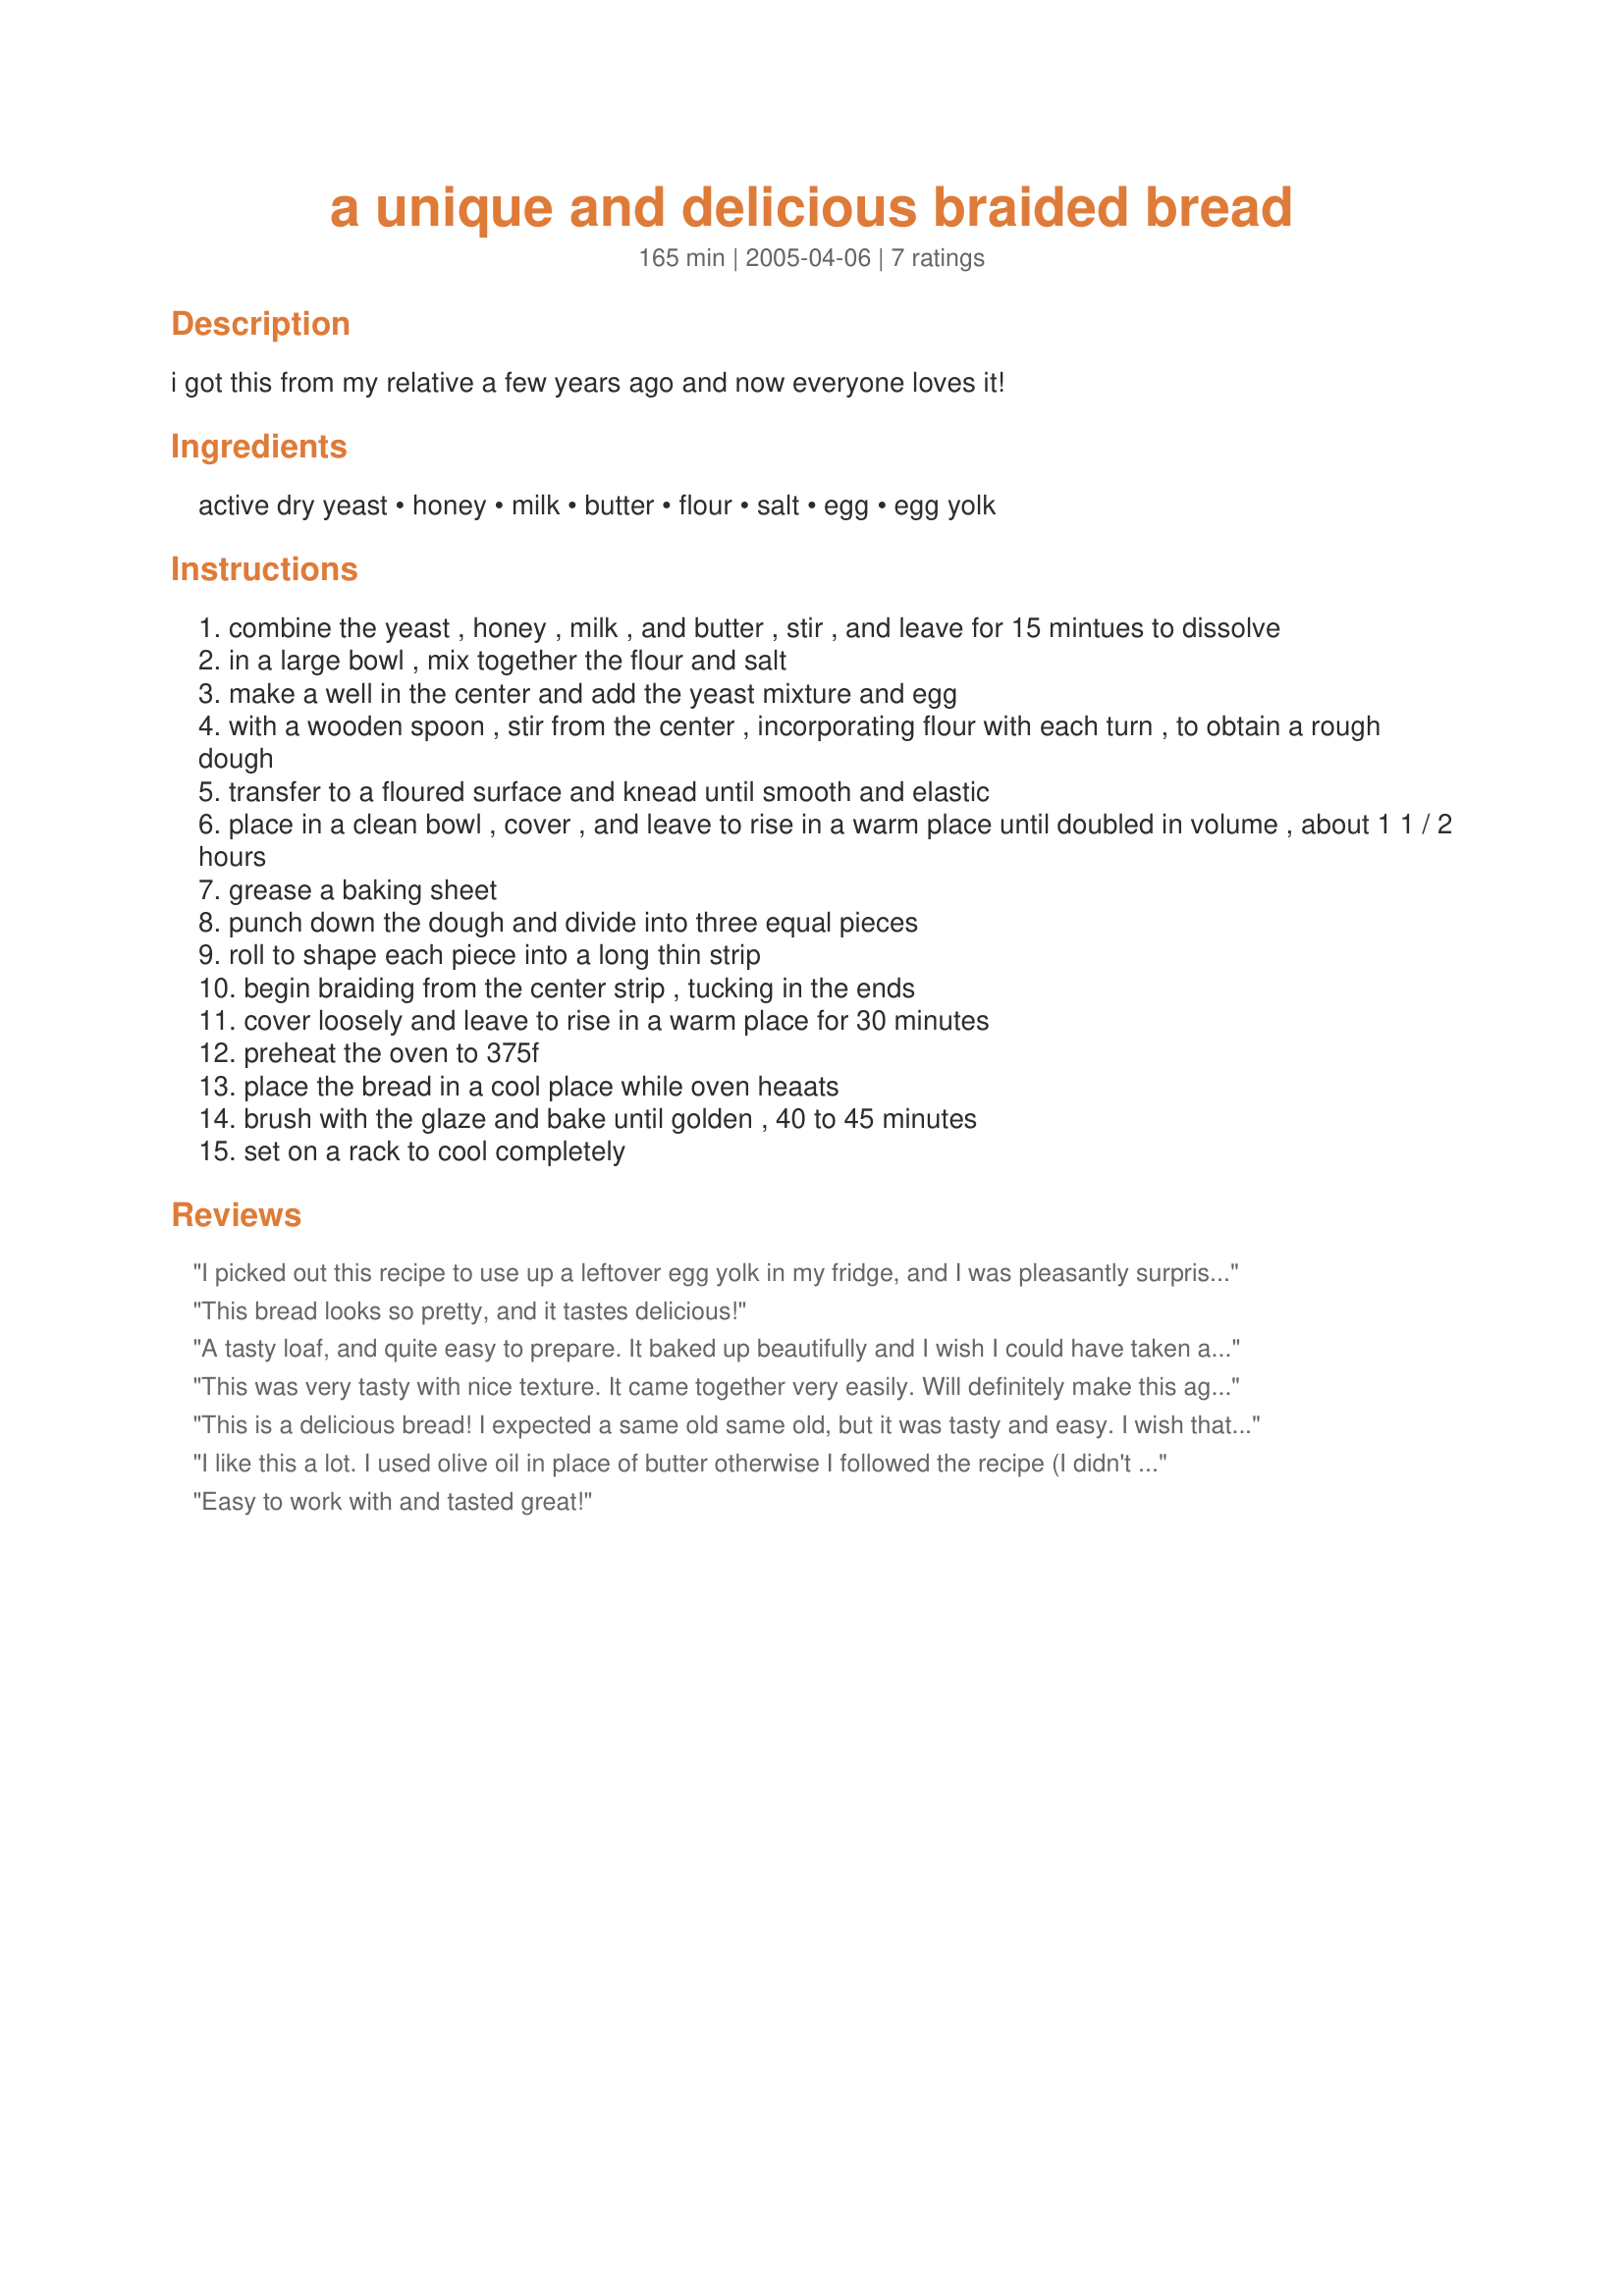
a unique and delicious braided bread
Preparation time: 165 minutes

i got this from my relative a few years ago and now everyone loves it!

Ingredients:
active dry yeast, honey, milk, butter, flour, salt, egg, egg yolk

Steps:
combine the yeast , honey , milk , and butter , stir , and leave for 15 mintues to dissolve
in a large bowl , mix together the flour and salt
make a well in the center and add the yeast mixture and egg
with a wooden spoon , stir from the center , incorporating flour with each turn , to obtain a rough dough
transfer to a floured surface and knead until smooth and elastic
place in a clean bowl , cover , and leave to rise in a warm place until doubled in volume , about 1 1 / 2 hours
grease a baking sheet
punch down the dough and divide into three equal pieces
roll to shape each piece into a long thin strip
begin braiding from the center strip , tucking in the ends
cover loosely and leave to rise in a warm place for 30 minutes
preheat the oven to 375f
place the bread in a cool place while oven heaats
brush with the glaze and bake until golden , 40 to 45 minutes
set on a rack to cool completely

Reviews:
I picked out this recipe to use up a leftover egg yolk in my fridge, and I was pleasantly surprised! This is by far better than any sourdough or french bread that I have had or made. This almost sweet bread is good to snack on or to serve with butter during a meal. It's addictive!
This bread looks so pretty, and it tastes delicious!
A tasty loaf, and quite easy to prepare. It baked up beautifully and I wish I could have taken a picture to post when I took it from the oven shiny and golden brown. The only addition I made was to sprinkle some poppy seeds on top before baking. I already have a request to make it again this weekend.
This was very tasty with nice texture. It came together very easily. Will definitely make this again...plus of course, it's very pretty :) Thanks!
This is a delicious bread! I expected a same old same old, but it was tasty and easy. I wish that I hadn't made the three strands so thin and long, the finished pieces weren't very big. I didn't glaze it either, but the crust was almost flaky! Thank you so much!
I like this a lot. I used olive oil in place of butter otherwise I followed the recipe (I didn't glaze it either). Tastes very good, makes great toast and is excellent for grilled cheese sandwiches, I made a 5 strand braid.
Easy to work with and tasted great!
